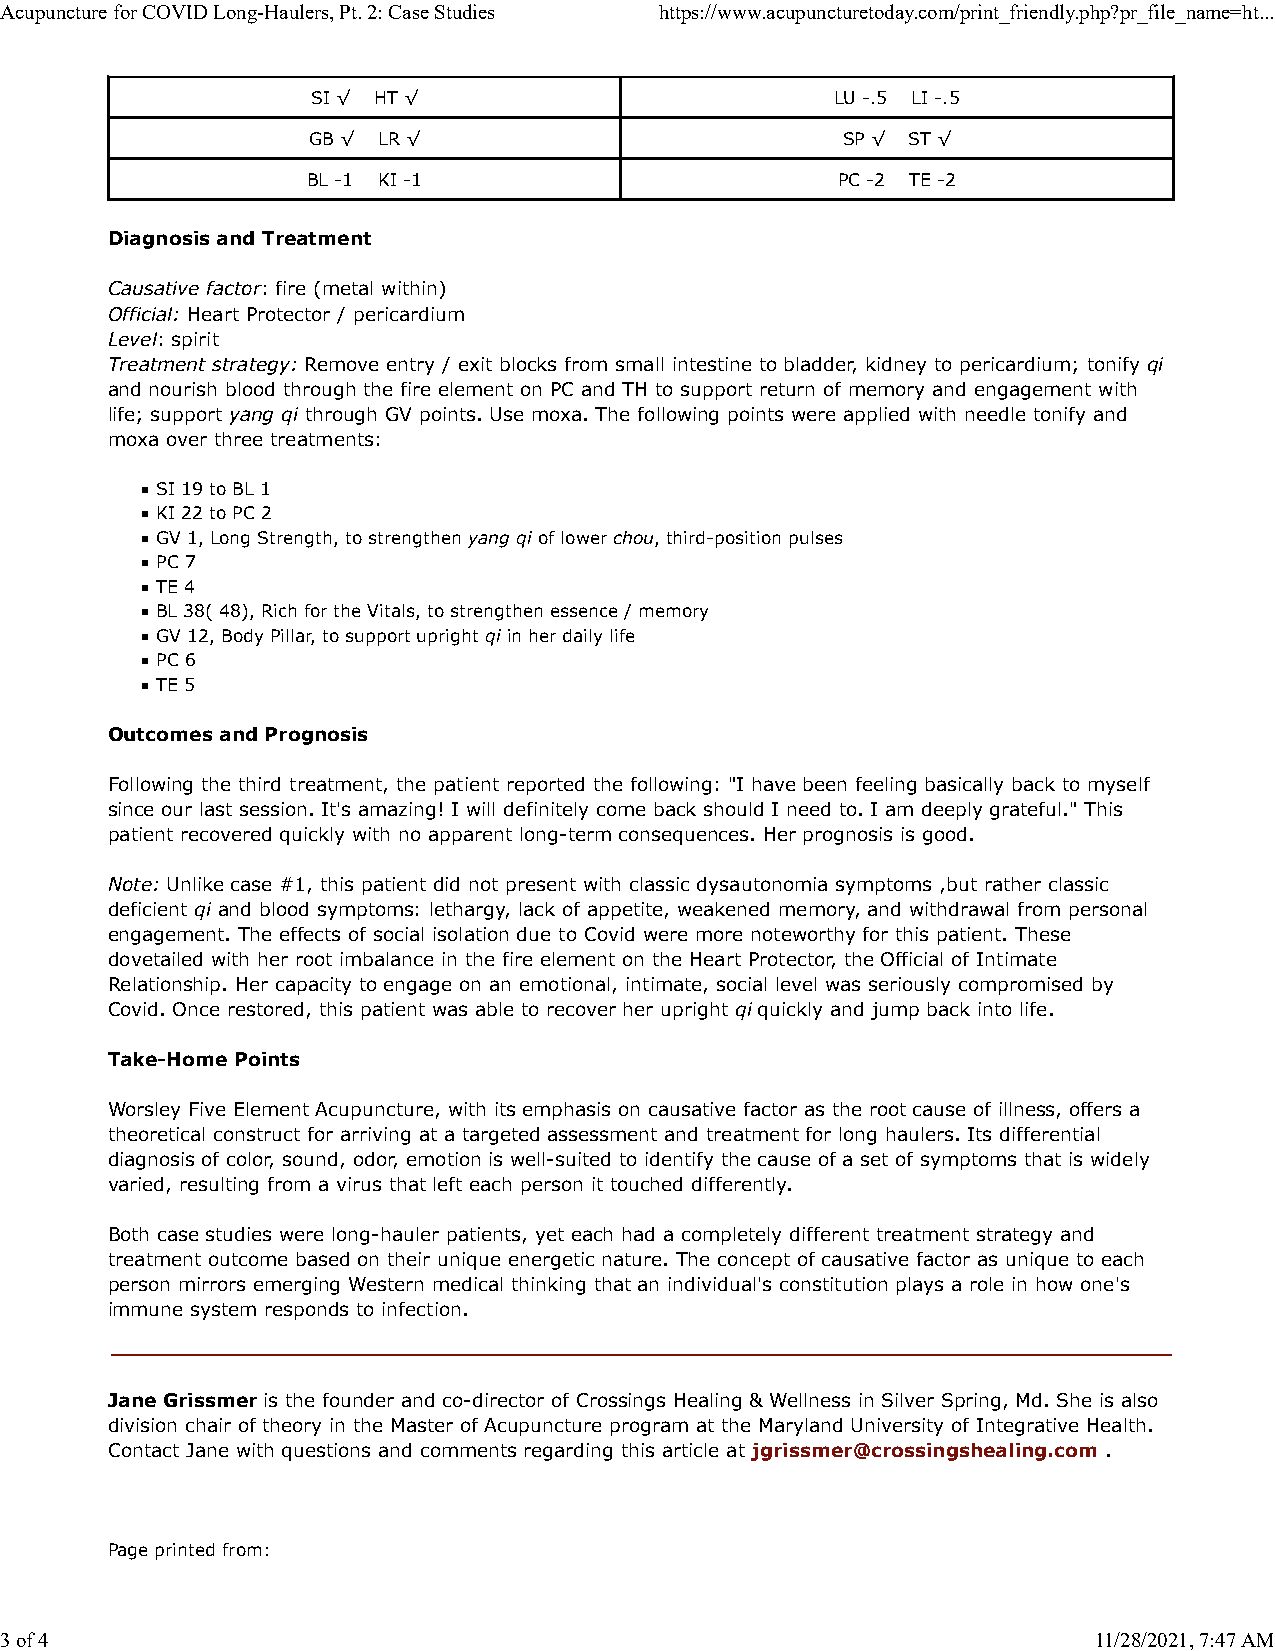
Acupuncture for COVID Long-Haulers, Pt. 2: Case Studies https://www.acupuncturetoday.com/print_friendly.php?pr_file_name=ht...
 SI √ HT √                         LU -.5 LI -.5
 GB √ LR √                           SP √ ST √
 BL -1 KI -1                        PC -2 TE -2
 Diagnosis and Treatment
 Causative factor: fire (metal within)
 Official: Heart Protector / pericardium
 Level: spirit
 Treatment strategy: Remove entry / exit blocks from small intestine to bladder, kidney to pericardium; tonify qi
 and nourish blood through the fire element on PC and TH to support return of memory and engagement with
 life; support yang qi through GV points. Use moxa. The following points were applied with needle tonify and
 moxa over three treatments:
 ▪ SI 19 to BL 1
 ▪ KI 22 to PC 2
 ▪ GV 1, Long Strength, to strengthen yang qi of lower chou, third-position pulses
 ▪ PC 7
 ▪ TE 4
 ▪ BL 38( 48), Rich for the Vitals, to strengthen essence / memory
 ▪ GV 12, Body Pillar, to support upright qi in her daily life
 ▪ PC 6
 ▪ TE 5
 Outcomes and Prognosis
 Following the third treatment, the patient reported the following: "I have been feeling basically back to myself
 since our last session. It's amazing! I will definitely come back should I need to. I am deeply grateful." This
 patient recovered quickly with no apparent long-term consequences. Her prognosis is good.
 Note: Unlike case #1, this patient did not present with classic dysautonomia symptoms ,but rather classic
 deficient qi and blood symptoms: lethargy, lack of appetite, weakened memory, and withdrawal from personal
 engagement. The effects of social isolation due to Covid were more noteworthy for this patient. These
 dovetailed with her root imbalance in the fire element on the Heart Protector, the Official of Intimate
 Relationship. Her capacity to engage on an emotional, intimate, social level was seriously compromised by
 Covid. Once restored, this patient was able to recover her upright qi quickly and jump back into life.
 Take-Home Points
 Worsley Five Element Acupuncture, with its emphasis on causative factor as the root cause of illness, offers a
 theoretical construct for arriving at a targeted assessment and treatment for long haulers. Its differential
 diagnosis of color, sound, odor, emotion is well-suited to identify the cause of a set of symptoms that is widely
 varied, resulting from a virus that left each person it touched differently.
 Both case studies were long-hauler patients, yet each had a completely different treatment strategy and
 treatment outcome based on their unique energetic nature. The concept of causative factor as unique to each
 person mirrors emerging Western medical thinking that an individual's constitution plays a role in how one's
 immune system responds to infection.
 Jane Grissmer is the founder and co-director of Crossings Healing & Wellness in Silver Spring, Md. She is also
 division chair of theory in the Master of Acupuncture program at the Maryland University of Integrative Health.
 Contact Jane with questions and comments regarding this article at jgrissmer@crossingshealing.com .
 Page printed from:
 3 of 4                                                                  11/28/2021, 7:47 AM